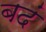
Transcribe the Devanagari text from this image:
बदं